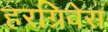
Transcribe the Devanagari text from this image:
हरग्रिवेस